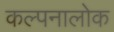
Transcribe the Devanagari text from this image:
कल्पनालोक